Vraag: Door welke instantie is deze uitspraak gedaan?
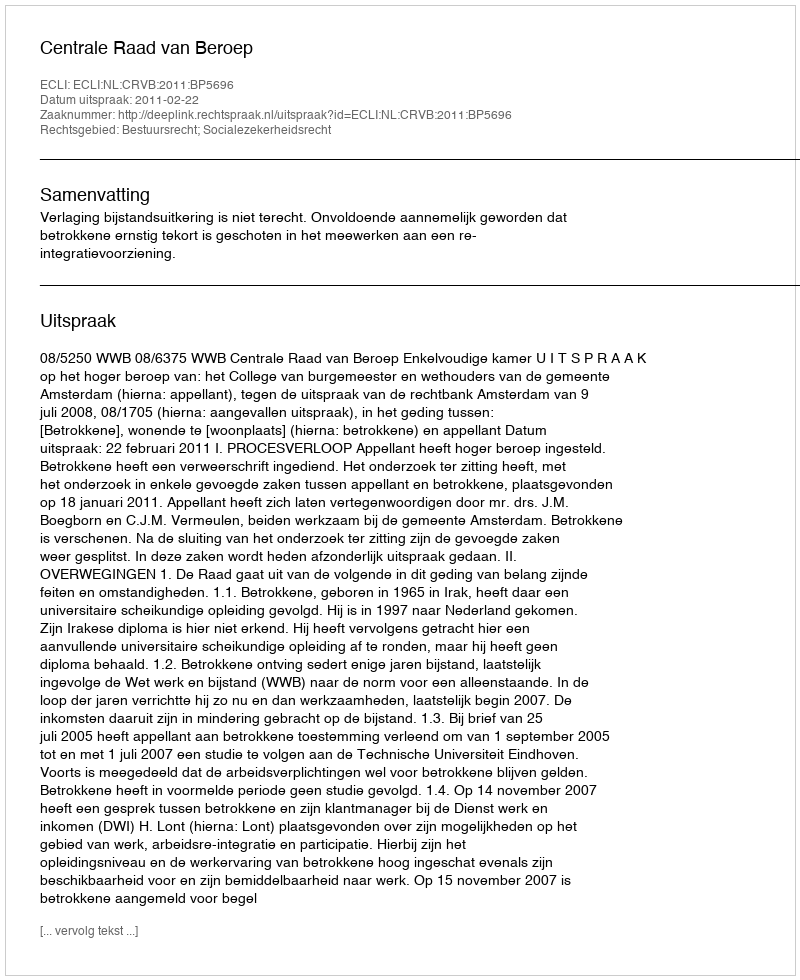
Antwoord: Centrale Raad van Beroep